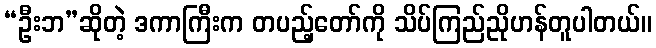
“ဦးဘ”ဆိုတဲ့ ဒကာကြီးက တပည့်တော်ကို သိပ်ကြည်ညိုဟန်တူပါတယ်။